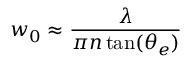
w _ { 0 } \approx \frac { \lambda } { \pi n \tan ( \theta _ { e } ) }